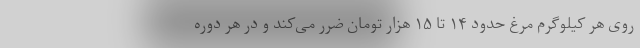
روی هر کیلوگرم مرغ حدود ۱۴ تا ۱۵ هزار تومان ضرر می‌کند و در هر دوره